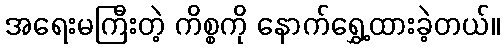
အရေးမကြီးတဲ့ ကိစ္စကို နောက်ရွှေ့ထားခဲ့တယ်။